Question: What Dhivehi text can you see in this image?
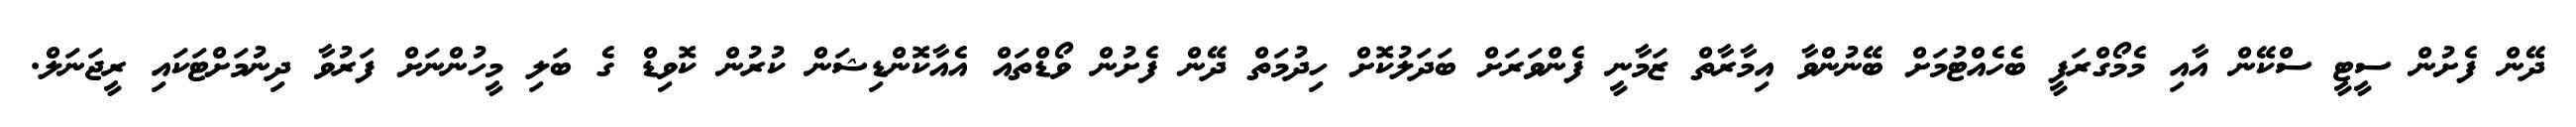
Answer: ދޭން ފެށުން ސީޓީ ސްކޭން އާއި މެމޯގްރަފީ ބެހެއްޓުމަށް ބޭނުންވާ އިމާރާތް ޒަމާނީ ފެންވަރަށް ބަދަލުކޮށް ހިދުމަތް ދޭން ފެށުން ވޯޑްތައް އެއާކޮންޑިޝަން ކުރުން ކޮވިޑް ގެ ބަލި މީހުންނަށް ފަރުވާ ދިނުމަށްޓަކައި ރީޖަނަލް.